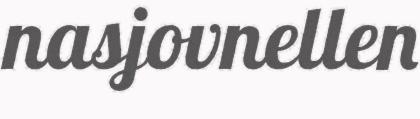
nasjovnellen